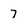
Character: 7